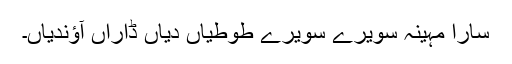
سارا مہینہ سویرے سویرے طوطیاں دیاں ڈاراں آؤندیاں۔